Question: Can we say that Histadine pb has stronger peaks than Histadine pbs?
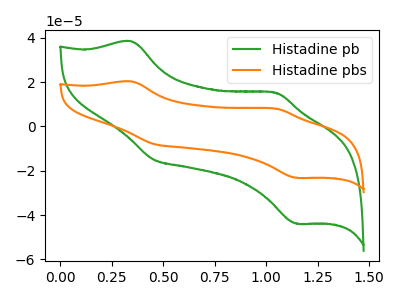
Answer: <think>The green curve "Histadine pb" has anodic peaks at (0.35V, 38.35uA) (1.05V, 15.15uA) and cathodic peaks at (0.45V, -15.05uA) (1.15V, -43.85uA). The orange curve "Histadine pbs" has anodic peaks at (0.35V, 20.30uA) (1.05V, 8.00uA) and cathodic peaks at (0.45V, -7.95uA) (1.15V, -23.20uA).</think>
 <answer>Every peak in "Histadine pb" is higher than every peak in "Histadine pbs".</answer>
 <eval>higher</eval>